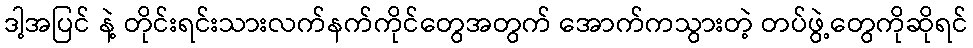
ဒါ့အပြင် နဲ့ တိုင်းရင်းသားလက်နက်ကိုင်တွေအတွက် အောက်ကသွားတဲ့ တပ်ဖွဲ့တွေကိုဆိုရင်